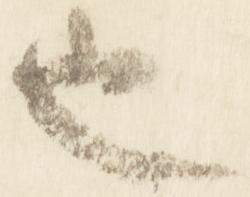
也